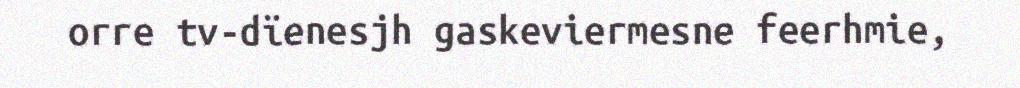
orre tv-dïenesjh gaskeviermesne feerhmie,